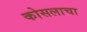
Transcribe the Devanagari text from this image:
कोसलाचा